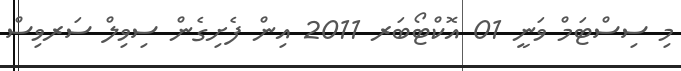
މި ސިސްޓަމް ވަނީ 01 އޮކްޓޯބަރ 2011 އިން ފެށިގެން ސިވިލް ސަރވިސް